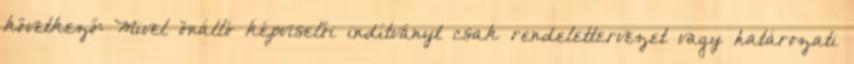
következő: Mivel önálló képviselői indítványt csak rendelettervezet vagy határozati